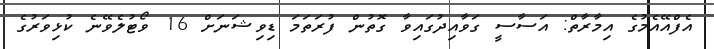
އެފްއޭއެމުގެ އިމާރާތް: އަސާސީ ގަވާއިދުގައިވާ ގޮތުން ފުރަތަމަ ޑިވިޝަނަށް 16 ވޯޓުލެވޭނެ ކުޅިވަރުގެ